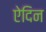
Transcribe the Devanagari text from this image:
ऐदिन